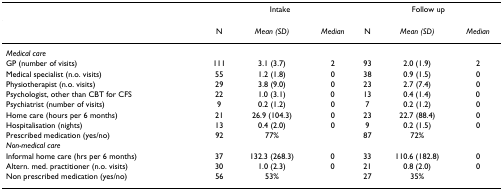
|  | <COLSPAN=3> Intake | <COLSPAN=3> Follow up |
 | --- | --- | --- | --- | --- | --- | --- |
 |  | N | Mean (SD) | Median | N | Mean (SD) | Median |
 | Medical care |  |  |  |  |  |  |
 | GP (number of visits) | 111 | 3.1 (3.7) | 2 | 93 | 2.0 (1.9) | 2 |
 | Medical specialist (n.o. visits) | 55 | 1.2 (1.8) | 0 | 38 | 0.9 (1.5) | 0 |
 | Physiotherapist (n.o. visits) | 29 | 3.8 (9.0) | 0 | 23 | 2.7 (7.4) | 0 |
 | Psychologist, other than CBT for CFS | 22 | 1.0 (3.1) | 0 | 13 | 0.4 (1.4) | 0 |
 | Psychiatrist (number of visits) | 9 | 0.2 (1.2) | 0 | 7 | 0.2 (1.2) | 0 |
 | Home care (hours per 6 months) | 21 | 26.9 (104.3) | 0 | 23 | 22.7 (88.4) | 0 |
 | Hospitalisation (nights) | 13 | 0.4 (2.0) | 0 | 9 | 0.2 (1.5) | 0 |
 | Prescribed medication (yes/no) | 92 | 77% |  | 87 | 72% |  |
 | Non-medical care |  |  |  |  |  |  |
 | Informal home care (hrs per 6 months) | 37 | 132.3 (268.3) | 0 | 33 | 110.6 (182.8) | 0 |
 | Altern. med. practitioner (n.o. visits) | 30 | 1.0 (2.3) | 0 | 21 | 0.8 (2.0) | 0 |
 | Non prescribed medication (yes/no) | 56 | 53% |  | 27 | 35% |  |